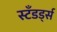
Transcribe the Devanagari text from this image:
स्टँडर्ड्स